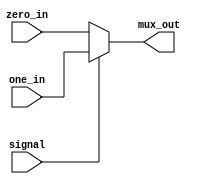
//mux_2
`timescale 1ns / 1ps
module Mux_2 (input [31:0] zero_in,
              one_in,
              input signal,
              output [31:0] mux_out);

assign mux_out = (signal == 0)?zero_in:one_in;
endmodule //mux_2